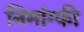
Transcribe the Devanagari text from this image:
निमांग्की